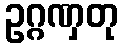
ဥဂ္ဂဏှတု